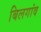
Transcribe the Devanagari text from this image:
बिलगांव